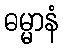
ဓမ္မာနံ